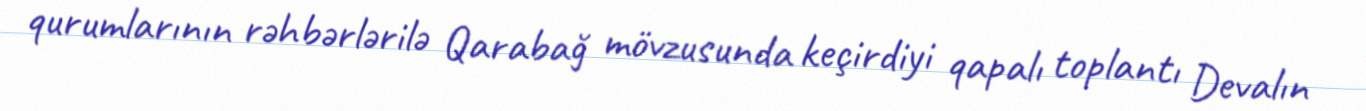
qurumlarının rəhbərlərilə Qarabağ mövzusunda keçirdiyi qapalı toplantı Devalın